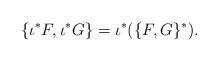
\begin{align*}\{\iota^* F, \iota^* G\} = \iota^*(\{F, G\}^*).\end{align*}